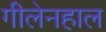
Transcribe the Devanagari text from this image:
गीलेनहाल